Civil Veterinary Dept. North-West Frontier Province 1901-22 - 1901-1922
Year: 1901
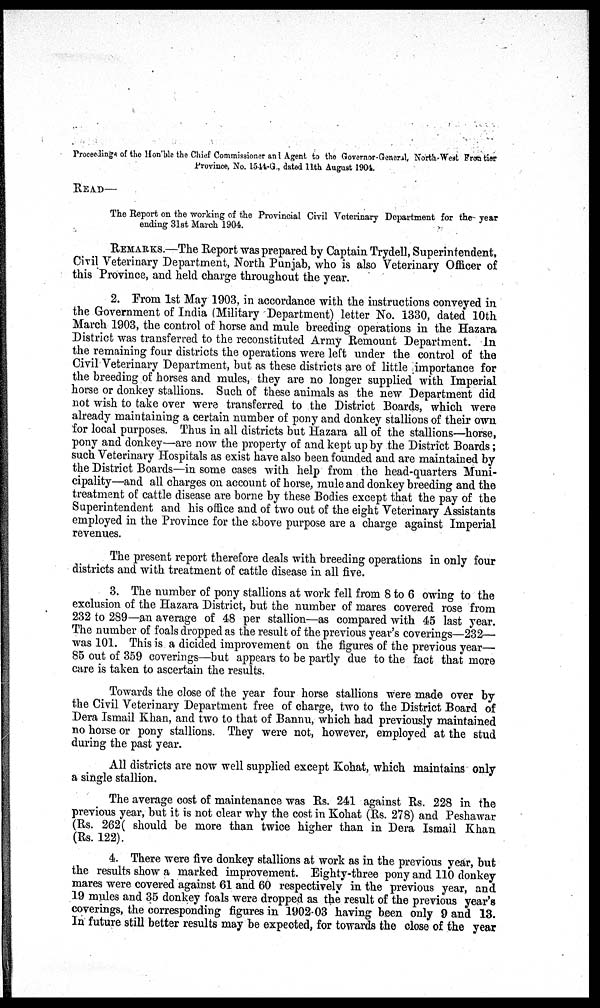
Proceedings of the Hon'ble the Chief Commissioner and Agent to the Governor-General, North-West Frontier
Province, No. 1544-C., dated 11th August 1904.
READ—
The Report on the working of the Provincial Civil Veterinary Department for the year
ending 31st March 1904.
REMARKS.—The Report was prepared by Captain Trydell, Superintendent,
Civil Veterinary Department, North Punjab, who is also Veterinary Officer of
this Province, and held charge throughout the year.
2. From 1st May 1903, in accordance with the instructions conveyed in
the Government of India (Military Department) letter No. 1330, dated 10th
March 1903, the control of horse and mule breeding operations in the Hazara
District was transferred to the reconstituted Army Remount Department. In
the remaining four districts the operations were left under the control of the
Civil Veterinary Department, but as these districts are of little importance for
the breeding of horses and mules, they are no longer supplied with Imperial
horse or donkey stallions. Such of these animals as the new Department did
not wish to take over were transferred to the District Boards, which were
already maintaining a certain number of pony and donkey stallions of their own
for local purposes. Thus in all districts but Hazara all of the stallions—horse,
pony and donkey—are now the property of and kept up by the District Boards;
such Veterinary Hospitals as exist have also been founded and are maintained by
the District Boards—in some cases with help from the head-quarters Muni-
cipality—and all charges on account of horse, mule and donkey breeding and the
treatment of cattle disease are borne by these Bodies except that the pay of the
Superintendent and his office and of two out of the eight Veterinary Assistants
employed in the Province for the above purpose are a charge against Imperial
revenues.
The present report therefore deals with breeding operations in only four
districts and with treatment of cattle disease in all five.
3. The number of pony stallions at work fell from 8 to 6 owing to the
exclusion of the Hazara District, but the number of mares covered rose from
232 to 289—an average of 48 per stallion—as compared with 45 last year.
The number of foals dropped as the result of the previous year's coverings—232—
was 101. This is a dicided improvement on the figures of the previous year—
85 out of 359 coverings—but appears to be partly due to the fact that more
care is taken to ascertain the results.
Towards the close of the year four horse stallions were made over by
the Civil Veterinary Department free of charge, two to the District Board of
Dera Ismail Khan, and two to that of Bannu, which had previously maintained
no horse or pony stallions. They were not, however, employed at the stud
during the past year.
All districts are now well supplied except Kohat, which maintains only
a single stallion.
The average cost of maintenance was Rs. 241 against Rs. 228 in the
previous year, but it is not clear why the cost in Kohat (Rs. 278) and Peshawar
(Rs. 262( should be more than twice higher than in Dera Ismail Khan
(Rs. 122).
4. There were five donkey stallions at work as in the previous year, but
the results show a marked improvement. Eighty-three pony and 110 donkey
mares were covered against 61 and 60 respectively in the previous year, and
19 mules and 35 donkey foals were dropped as the result of the previous year's
coverings, the corresponding figures in 1902-03 having been only 9 and 13.
In future still better results may be expected, for towards the close of the year